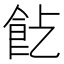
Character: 𩚋